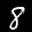
Label: 8